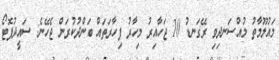
މައުލޫމާތު މުއްސަނދިވި ރޭގަނޑު 10 ޖަހާއިރު މިހާރު ފިހާރަތައް ބަންދުކުރަން ޖެހޭނެ: ސައީދުފޮޓޯ